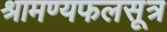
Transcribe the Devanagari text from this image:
श्रामण्यफलसूत्र